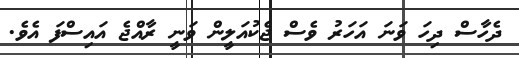
ދެހާސް ދިހަ ވަނަ އަހަރު ވެސް ޖެކުއަލީން ވަނީ ރާއްޖެ އައިސްފަ އެވެ.